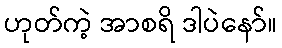
ဟုတ်ကဲ့ အာစရိ ဒါပဲနော်။